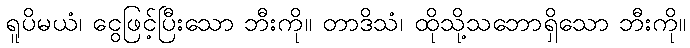
ရူပိမယံ၊ ငွေဖြင့်ပြီးသော ဘီးကို။ တာဒိသံ၊ ထိုသို့သဘောရှိသော ဘီးကို။